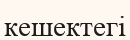
кешектегі